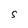
Character: S